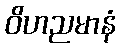
ဝိဟညမာနံ